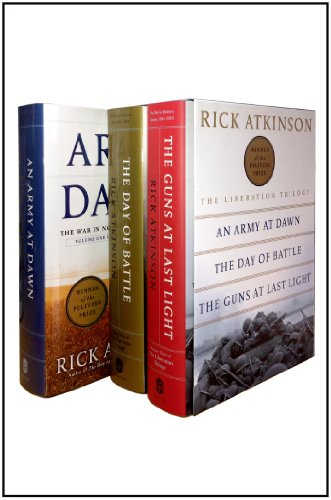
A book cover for The Liberation Trilogy Boxed Set; Rick Atkinson; History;